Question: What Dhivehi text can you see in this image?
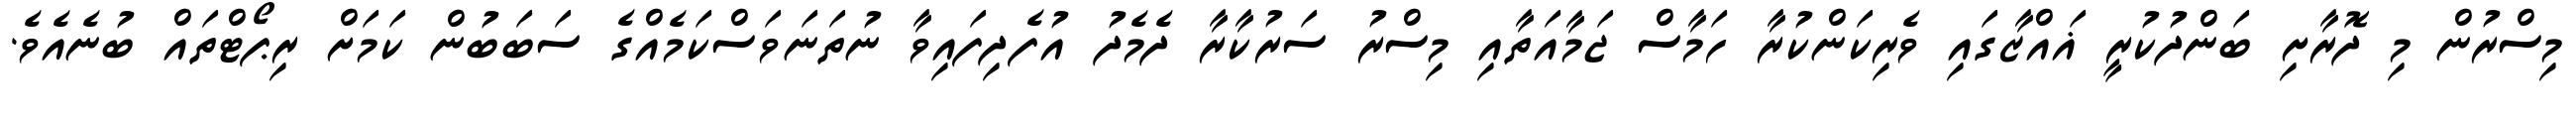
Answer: މިސްރުން މި ދޮރާށި ބަންދުކުރީ ޣައްޒާގައި ވެރިކަންކުރާ ހަމާސް ޖަމާއަތާއި މިސްރު ސަރުކާރާ ދެމެދު އުފެދިފައިވާ ނުތަނަވަސްކަމެއްގެ ސަބަބުން ކަމަށް ރިޕޯޓްތައް ބުނެއެވެ.